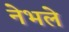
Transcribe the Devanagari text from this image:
नेभले